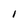
Character: l